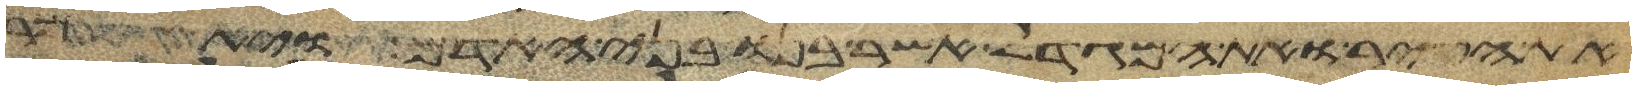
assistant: את העיר ואת המגדל אשר בנו בני האדם ויאמר